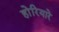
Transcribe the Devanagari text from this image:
होरियारे